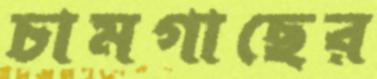
চামগাছের